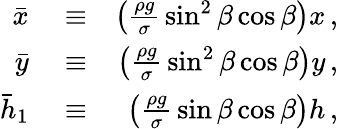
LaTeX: \begin{array}{rlr}{\bar{x}}&{{}\equiv}&{\left(\frac{\rho g}{\sigma}\, \sin^{2}\beta\cos\beta\right)x\, ,}\\ {\bar{y}}&{{}\equiv}&{\left(\frac{\rho g}{\sigma}\, \sin^{2}\beta\cos\beta\right)y\, ,}\\ {\bar{h}_{1}}&{{}\equiv}&{\left(\frac{\rho g}{\sigma}\, \sin\beta\cos\beta\right)h\, ,}\end{array}